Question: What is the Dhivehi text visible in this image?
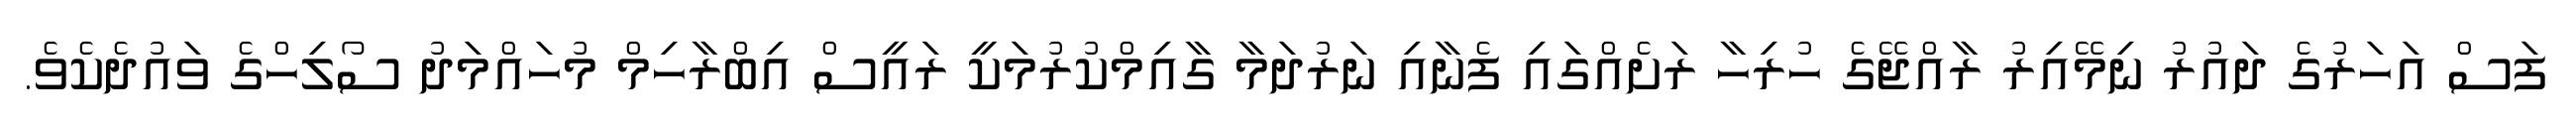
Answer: ފަސް އަހަރުގެ ދައުރު ނިމޭއިރު ރާއްޖޭގެ ހުރިހާ ރަށެއްގައި ފެނާއި ނަރުދަމާ ގާއިމްކުރުމަކީ ރައީސް އިބްރާހިމް މުހައްމަދު ސޯލިހްގެ ވައުދެކެވެ.